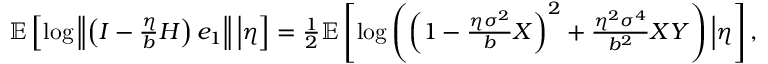
\begin{array} { r } { \mathbb { E } \left[ \log \left\Vert \left( I - \frac { \eta } { b } H \right) e _ { 1 } \right\Vert \Big | \eta \right] = \frac { 1 } { 2 } \mathbb { E } \left[ \log \left( \left( 1 - \frac { \eta \sigma ^ { 2 } } { b } X \right) ^ { 2 } + \frac { \eta ^ { 2 } \sigma ^ { 4 } } { b ^ { 2 } } X Y \right) \Big | \eta \right] , } \end{array}